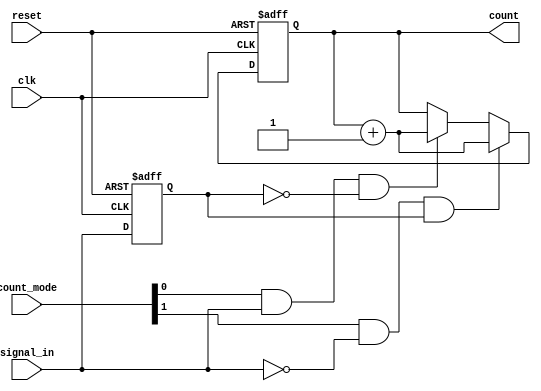
module edge_counter (
    input wire clk,            // Clock signal
    input wire reset,          // Asynchronous active-high reset
    input wire signal_in,      // Input signal to monitor
    input wire [1:0] count_mode, // Control signal (00: No count, 01: Rising, 10: Falling, 11: Both)
    output reg [15:0] count    // Counter output (16 bits for counting; adjust as needed)
);

    // State register to hold the previous state of signal_in
    reg signal_in_reg;

    // Edge detection logic and counting on clock's rising edge
    always @(posedge clk or posedge reset) begin
        if (reset) begin
            count <= 16'b0;        // Reset count to zero
            signal_in_reg <= 1'b0; // Initialize previous state
        end else begin
            // Detect edges based on count_mode
            if (count_mode[0] && signal_in && !signal_in_reg) begin // Rising edge detected
                count <= count + 1;
            end
            if (count_mode[1] && !signal_in && signal_in_reg) begin // Falling edge detected
                count <= count + 1;
            end
            
            // Update the previous state of signal_in
            signal_in_reg <= signal_in;
        end
    end

endmodule